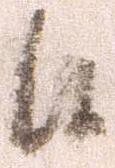
候